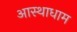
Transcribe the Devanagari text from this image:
आस्थाधाम